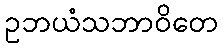
ဥဘယံသဘာဝိတေ